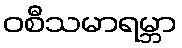
ဝစီသမာရမ္ဘာ